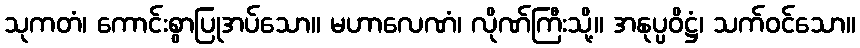
သုကတံ၊ ကောင်းစွာပြုအပ်သော။ မဟာလေဏံ၊ လိုဏ်ကြီးသို့။ အနုပ္ပဝိဋ္ဌံ၊ သက်ဝင်သော။